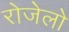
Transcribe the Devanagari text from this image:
रोजेलो